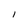
Character: 1